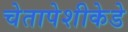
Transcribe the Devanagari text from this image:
चेतापेशीकेडे